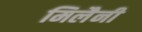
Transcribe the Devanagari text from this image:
मिलैनी